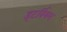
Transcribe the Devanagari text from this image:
इटर्बियम